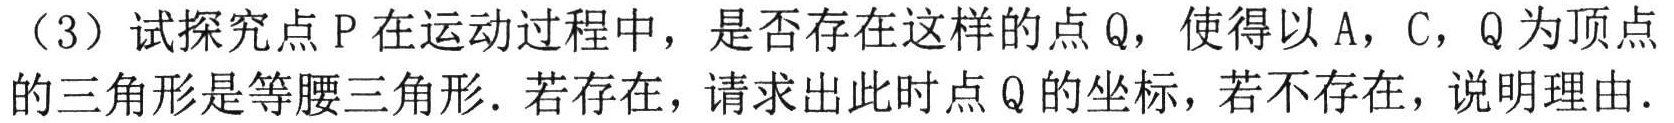
（3）试探究点 P 在运动过程中，是否存在这样的点 Q，使得以 A，C，Q 为顶点的三角形是等腰三角形．若存在，请求出此时点 Q 的坐标，若不存在，说明理由．